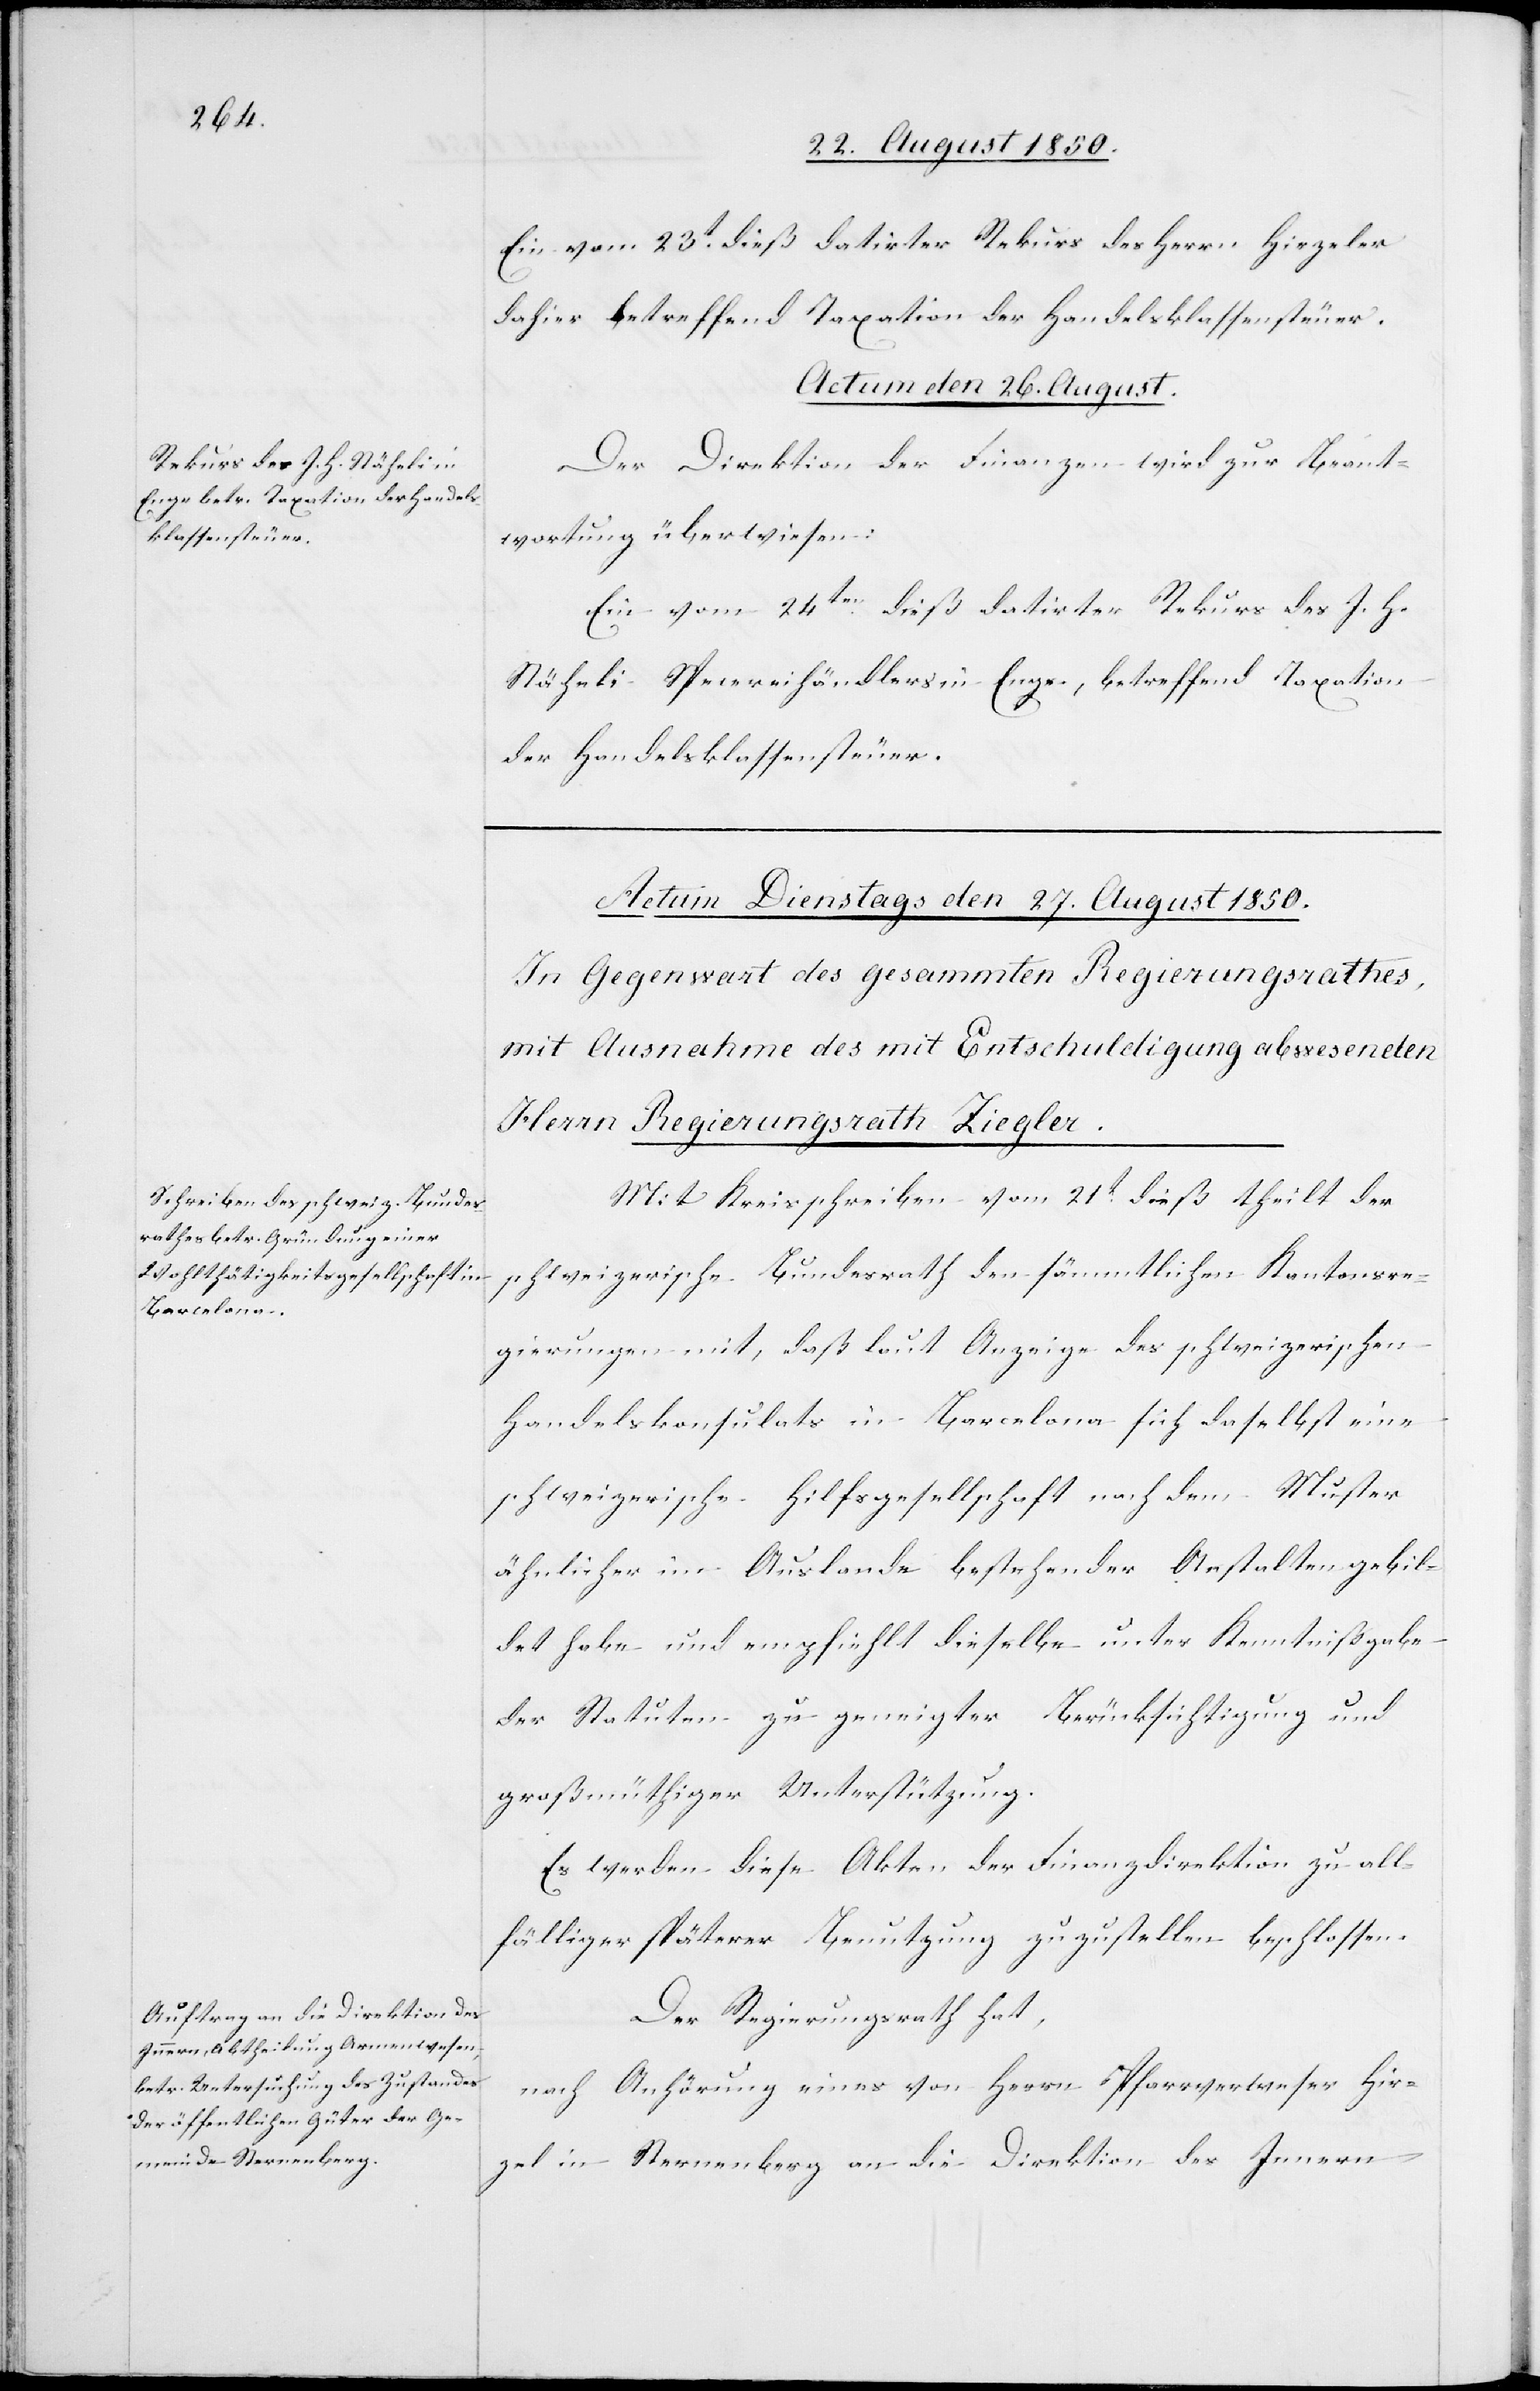
Ein vom 23t dieß datirter Rekurs des Herrn Hirzeler
dahier betreffend Taxation der Handelsklassensteuer.
Actum den 26. August.
Der Direktion der Finanzen wird zur Beant¬
wortung überwiesen:
Ein vom 24ten dieß datirter Rekurs des J. H.
Stäheli Specereihändlers in Enge, betreffend Taxation
der Handelsklassensteuer.
Mit Kreisschreiben vom 21t dieß theilt der
schweizerische Bundesrath den sämmtlichen Kantonsre¬
gierungen mit, daß laut Anzeige des schweizerischen
Handelskonsulats in Barcelona sich daselbst eine
schweizerische Hilfsgesellschaft nach dem Muster
ähnlicher im Auslande bestehender Anstalten gebil¬
det habe und empfiehlt dieselbe unter Kenntnißgabe
der Statuten zu geneigter Berücksichtigung und
großmüthiger Unterstützung.
Es werden diese Akten der Finanzdirektion zu all¬
fälliger späterer Benutzung zuzustellen beschlossen.
Der Regierungsrath hat,
nach Anhörung eines von Herrn Pfarrverweser Hir¬
zel in Sternenberg an die Direktion des Innern